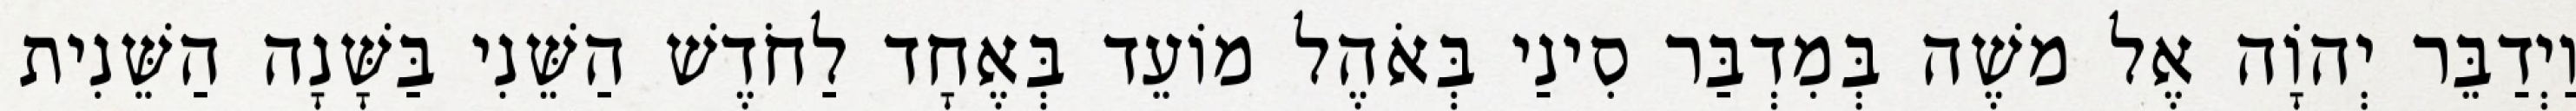
וַיְדַבֵּר יְהוָֹה אֶל משֶׁה בְּמִדְבַּר סִינַי בְּאֹהֶל מוֹעֵד בְּאֶחָד לַחֹדֶשׁ הַשֵּׁנִי בַּשָּׁנָה הַשֵּׁנִית